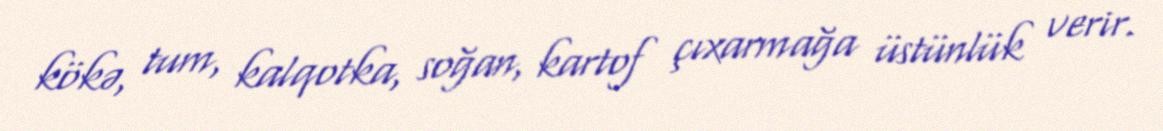
kökə, tum, kalqotka, soğan, kartof çıxarmağa üstünlük verir.